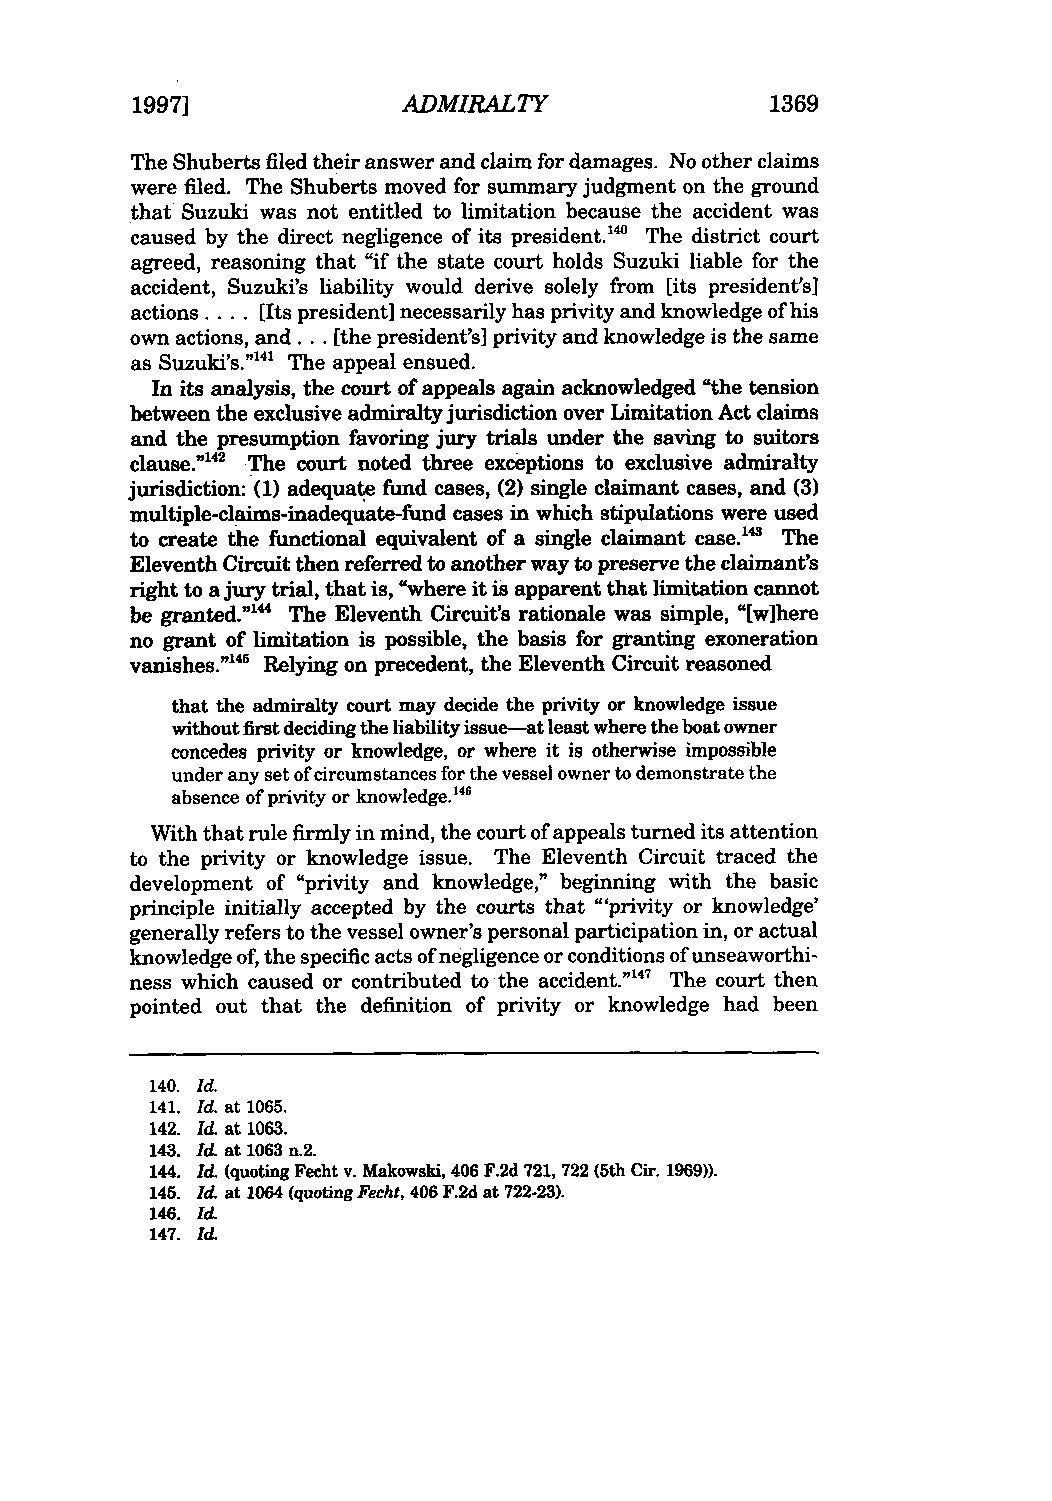
19971             ADMIRALTY               1369
 The Shuberts filed their answer and claim for damages. No other claims
 were filed. The Shuberts moved for summary judgment on the ground
 that Suzuki was not entitled to limitation because the accident was
 caused by the direct negligence of its president."4 The district court
 agreed, reasoning that "if the state court holds Suzuki liable for the
 accident, Suzuki's liability would derive solely from [its presidents]
 actions .... [Its president] necessarily has privity and knowledge of his
 own actions, and... [the president's] privity and knowledge is the same
 as Suzuki's."'4' The appeal ensued.
 In its analysis, the court of appeals again acknowledged "the tension
 between the exclusive admiralty jurisdiction over Limitation Act claims
 and the presumption favoring jury trials under the saving to suitors
 clause."42 The court noted three exceptions to exclusive admiralty
 jurisdiction: (1) adequate fund cases, (2) single claimant cases, and (3)
 multiple-claims-inadequate-fund cases in which stipulations were used
 to create the functional equivalent of a single claimant case." The
 Eleventh Circuit then referred to another way to preserve the claimant's
 right to a jury trial, that is, "where it is apparent that limitation cannot
 be granted."'" The Eleventh Circuit's rationale was simple, "[w]here
 no grant of limitation is possible, the basis for granting exoneration
 vanishes."45 Relying on precedent, the Eleventh Circuit reasoned
 that the admiralty court may decide the privity or knowledge issue
 without first deciding the liability issue-at least where the boat owner
 concedes privity or knowledge, or where it is otherwise impossible
 under any set of circumstances for the vessel owner to demonstrate the
 absence of privity or knowledge. 4
 With that rule firmly in mind, the court of appeals turned its attention
 to the privity or knowledge issue. The Eleventh Circuit traced the
 development of "privity and knowledge," beginning with the basic
 principle initially accepted by the courts that "'privity or knowledge'
 generally refers to the vessel owner's personal participation in, or actual
 knowledge of, the specific acts of negligence or conditions of unseaworthi-
 ness which caused or contributed to the accident."47 The court then
 pointed out that the definition of privity or knowledge had been
 140. Id.
 141. Id at 1065.
 142. Id. at 1063.
 143. Id. at 1063 n.2.
 144. Id. (quoting Fecht v. Makowski, 406 F.2d 721, 722 (5th Cir. 1969)).
 145. Id. at 1064 (quoting Fecht, 406 F.2d at 722-23).
 146. Id.
 147. Id.